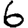
Digit: 6